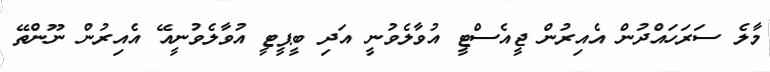
މާލެ ސަރަަހައްދުން އެއިރުން ޖީއެސްޓީ އުވާލެވުނީ އަދި ބީޕީޓީ އުވާލެވުނީއޭ އެއިރުން ނޫންތޭ